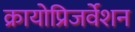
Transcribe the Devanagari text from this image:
क्रायोप्रिजर्वेशन